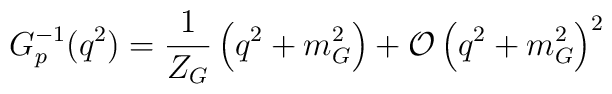
G_p^{-1}(q^2)=\frac{1}{Z_G}\left(q^2+m_G^2\right)    +{\cal O}\left(q^2+m_G^2\right)^2